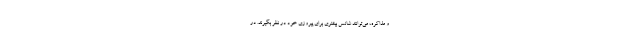
و مذاکره، می‌توانند شانس بیشتری برای پیروزی خود در نظر بگیرند. در